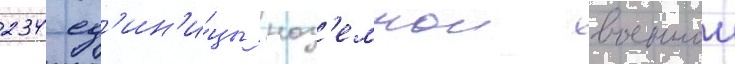
234 ед'ин'и́цы наз'емнои военнои